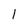
Character: I